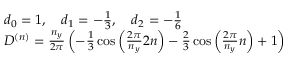
\begin{array} { r l } & { d _ { 0 } = 1 , \quad d _ { 1 } = - \frac { 1 } { 3 } , \quad d _ { 2 } = - \frac { 1 } { 6 } } \\ & { D ^ { ( n ) } = \frac { n _ { y } } { 2 \pi } \left( - \frac { 1 } { 3 } \cos \left( \frac { 2 \pi } { n _ { y } } 2 n \right) - \frac { 2 } { 3 } \cos \left( \frac { 2 \pi } { n _ { y } } n \right) + 1 \right) } \end{array}